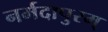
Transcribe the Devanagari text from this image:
नर्मदापुरम्